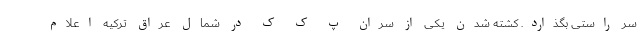
سرِ راستی بگذارد. کشته شدن یکی از سران پ ک ک در شمال عراق ترکیه اعلام